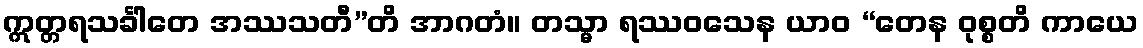
ဣတ္တရသင်္ခါတေ အဿသတီ”တိ အာဂတံ။ တသ္မာ ရဿဝသေန ယာဝ “တေန ဝုစ္စတိ ကာယေ